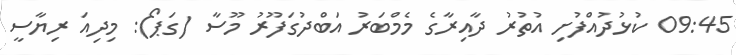
09:45 ކުޅުދުއްފުށި އުތުރު ދާއިރާގެ މެމްބަރު އަބްދުގަފޫރު މޫސާ (ގަޕޯ): މިދިއަ ރިޔާސީ